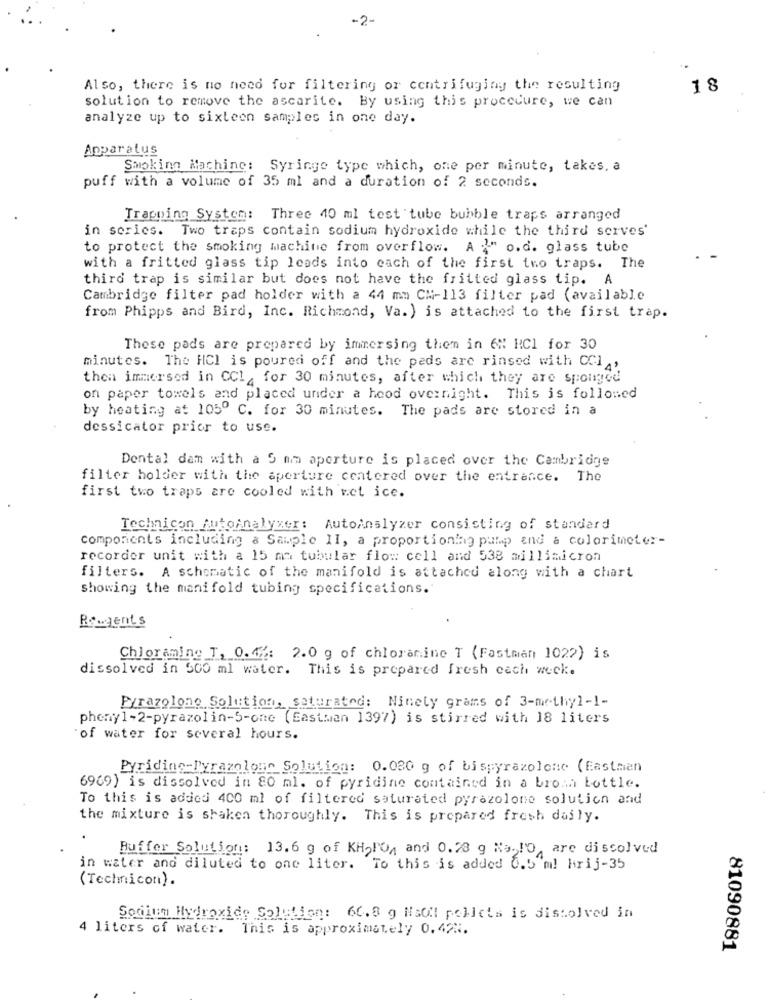
-2-
Also, there is no need for filtering or centrifuging the resulting
18
solution to remove the ascarite. By using this procedure, we can
analyze up to sixteen samples in one day.
Apparatus
Smoking Machine: Syringe type which, one per minute, takes. a
puff with a volume of 35 ml and a duration of 2 seconds.
Trapping System: Three 40 ml test tube bubble traps arranged
in series. Two traps contain sodium hydroxide while the third serves'
to protect the smoking machine from overflow. A >" o.d. glass tube
with a fritted glass tip leads into each of the first two traps. The
third trap is similar but does not have the fritted glass tip. A
Cambridge filter pad holder with a 44 mm CM-113 filter pad (available
from Phipps and Bird, Inc. Richmond, Va. ) is attached to the first trap.
These pads are prepared by immersing them in 6% HCl for 30
minutes. The HCl is poured off and the peds are rinsed with CCl ,
then immersed in CCI , for 30 minutes, after which they are sponged
on paper towels and placed under a hood overnight. This is folloned
by heating at 105º C. for 30 minutes. The pads are stored in a
dessicator prior to use.
Dental dam with a 5 mm aperture is placed over the Cambridge
filter holder with the aperture centered over the entrance. The
first two traps are cooled with ret ice.
Technicon Autoanalyzer: Autoanalyzer consisting of standard
components including a Sample II, a proportioning pump and a colorimeter-
recorder unit with a 15 ma tubular flo :: cell and 538 millimicron
filters. A schematic of the manifold is attached along with a chart
showing the manifold tubing specifications.
Rougents
Chloramine T, 0.42: 2.0 g of chloramine T (Fastman 1022) is
dissolved in 500 ml water. This is prepared fresh cach weck.
Pyrazolone Solution, saturated: Ninety grams of 3-methyl-1-
pheny1-2-pyrazolin-5-one (Eastman 1397) is stirred with 18 liters
"of water for several hours.
Pyridine-Pyrazaloan Solution: 0.080 g of bispyrazolone (Eastman
6969) is dissolved in 80 ml. of pyridine contained in a brown bottle.
To this is added 400 ml of filtered saturated pyrazolone solution and
the mixture is shaken thoroughly. This is prepared fresh daily.
Buffer Solution: 13.6 g of KH,PO, and 0.28 g Na- ! O are dissolved
in water and diluted to one liter. To this is added 6.5"m! hrij-35
(Technicon).
Sodium Hydroxide Solution: 66.8 g Nsoll pellets is dissolved in
4 liters of water. This is approximately 0.42N.
81090881